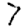
Digit: 7